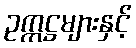
ဥက္ကဋ္ဌများနှင့်